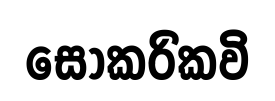
සොකරිකවි